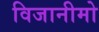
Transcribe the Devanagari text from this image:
विजानीमो